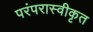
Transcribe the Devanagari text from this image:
परंपरास्वीकृत